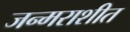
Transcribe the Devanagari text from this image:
जन्मराशीत